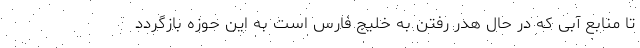
تا منابع آبی که در حال هدر رفتن به خلیج فارس است به این حوزه بازگردد